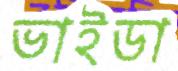
ভাইডা